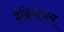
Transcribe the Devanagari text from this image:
इंद्रियाश्रय